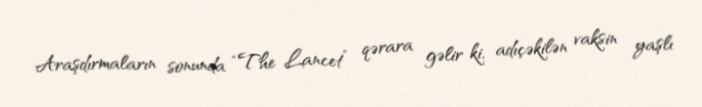
Araşdırmaların sonunda “The Lancet” qərara gəlir ki, adıçəkilən vaksin yaşlı